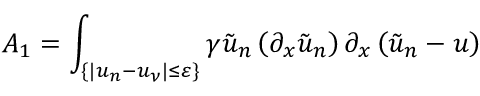
A _ { 1 } = \int _ { \{ | u _ { n } - u _ { \nu } | \leq \varepsilon \} } \gamma \tilde { u } _ { n } \left( \partial _ { x } \tilde { u } _ { n } \right) \partial _ { x } \left( \tilde { u } _ { n } - u \right)